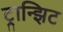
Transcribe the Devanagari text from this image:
ट्रान्झिट